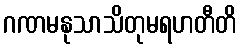
ဂဏမနုသာသိတုမရဟတီတိ